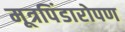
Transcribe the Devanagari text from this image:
मूत्रपिंडारोपण